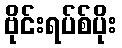
ဗိုင်းရပ်စ်ပိုး